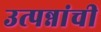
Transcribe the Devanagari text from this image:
उत्पन्नांची